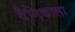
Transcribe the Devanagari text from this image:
दैनिकाला